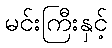
မင်းကြီးနှင့်